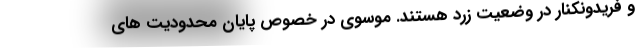
و فریدونکنار در وضعیت زرد هستند. موسوی در خصوص پایان محدودیت های